Civil Veterinary Department. United Provinces 1912-22 - 1912-1922
Year: 1912
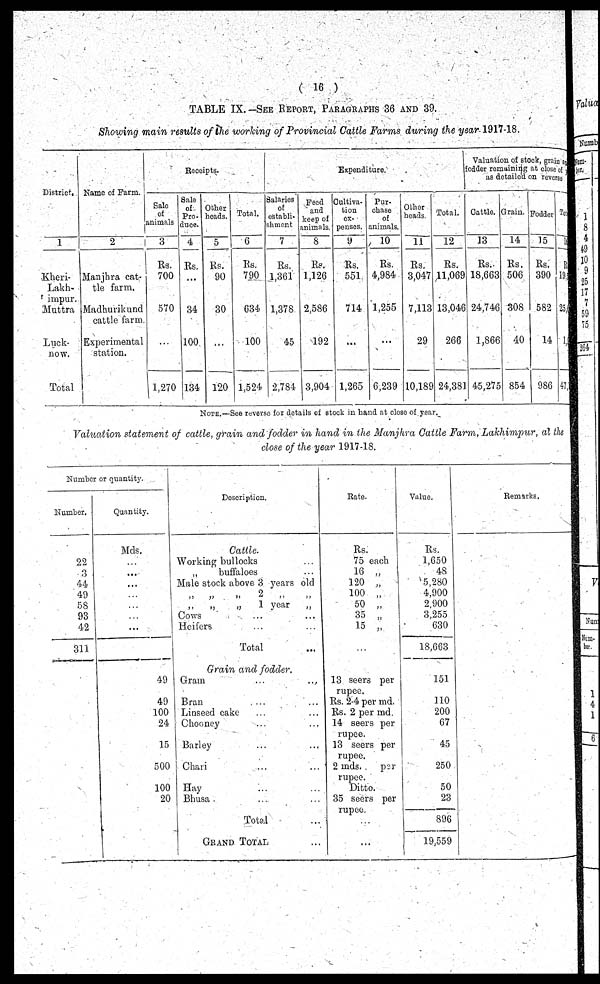
(16)
TABLE IX.-See Report, Paragraphs 36 and 39.
Showing main results of the working of Provincial Cattle Farms during the year 1917-18.
District,
1
Kheri-
Lakh-
Muttra
Luck-
now.
Total
Name of Farm.
2
Manjhra cat-
tle farm.
Madhurikund
cattle farm.
Experimental
station.
Receipts.
Sale
of
animals
3
Rs.
700
570
...
1,270
Sale
of
Pro-
duce.
4
Rs.
...
34
100
134
Other
beads.
5
Rs.
90
30
...
120
Total.
6
Rs.
790
634
100
1,524
Expenditure.
Salaries
of
establi-
shment
7
Rs.
1,361
1,378
45
2,784
Feed
and
keep of
animals.
8
Re.
1,126
2,586
192
3,904
Cultiva-
tion
ex-
penses.
9
Rs.
551
714
...
1,265
Pur-
chase
of
animals.
10
Rs.
4,984
1,255
...
6,239
Other
heads.
11
Rs.
3,047
7,113
29
10,189
Total
12
Rs.
11,069
13,046
266
24,381
Valuation of stock, grain a
odder remaining at close of
as detailed on reverse
Cattle.
13
Rs.
18,663
24,746
1,866
45,275
Grain.
14
Rs.
506
308
40
854
Fodder
15
Rs.
390
582
14
986
To:
1
R
19.
25,
1
47
Note.—See reverse for details of stock in hand at close of year.
Valuation statement of cattle, grain and fodder in hand in the Manjhra Cattle Farm, Lakhimpur, at the
close of the year 1917-18.
Number or quantity.
Number.
22
3
44
49
58
93
42
311
Quantity.
Mds.
...
...
...
...
...
...
...
49
49
100
24
15
500
100
20
Description.
Cattle.
Working bullocks ...
„
buffaloes ...
Male stock above 3 years old
„
„
„
2
„
„
„ „ „ 1 year „
Cows ... ...
Heifers ... ...
Total ...
Grain and fodder.
Gram ... ...
Bran ... ...
| Linseed cake ... ...
Chooney ... ...
Barley ... ...
Chari ... ...
Hay ... ...
Bhusa ... ...
Total ...
Grand Total ...
Rate.
Rs.
75 each
16 „
120 „
100 „
50 „
35 „
15 „
...
13 seers per
rupee.
Rs. 2-4 per md.
Rs. 2 per md.
14 seers per
rupee.
13 seers per
rupee.
2 mds. per
rupee.
Ditto.
35 seers per
rupee.
...
Value.
Rs.
1,650
48
5,280
4,900
2,900
3,255
630
18,663
151
110
200
67
45
250
i
50
23
896
19,559
Remarks.
|